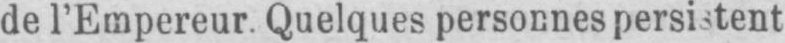
de l’Empereur. Quelques personnes persistent